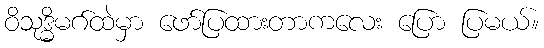
ဝိသုဒ္ဓိမဂ်ထဲမှာ ဖော်ပြထားတာကလေး ပြော ပြမယ်။